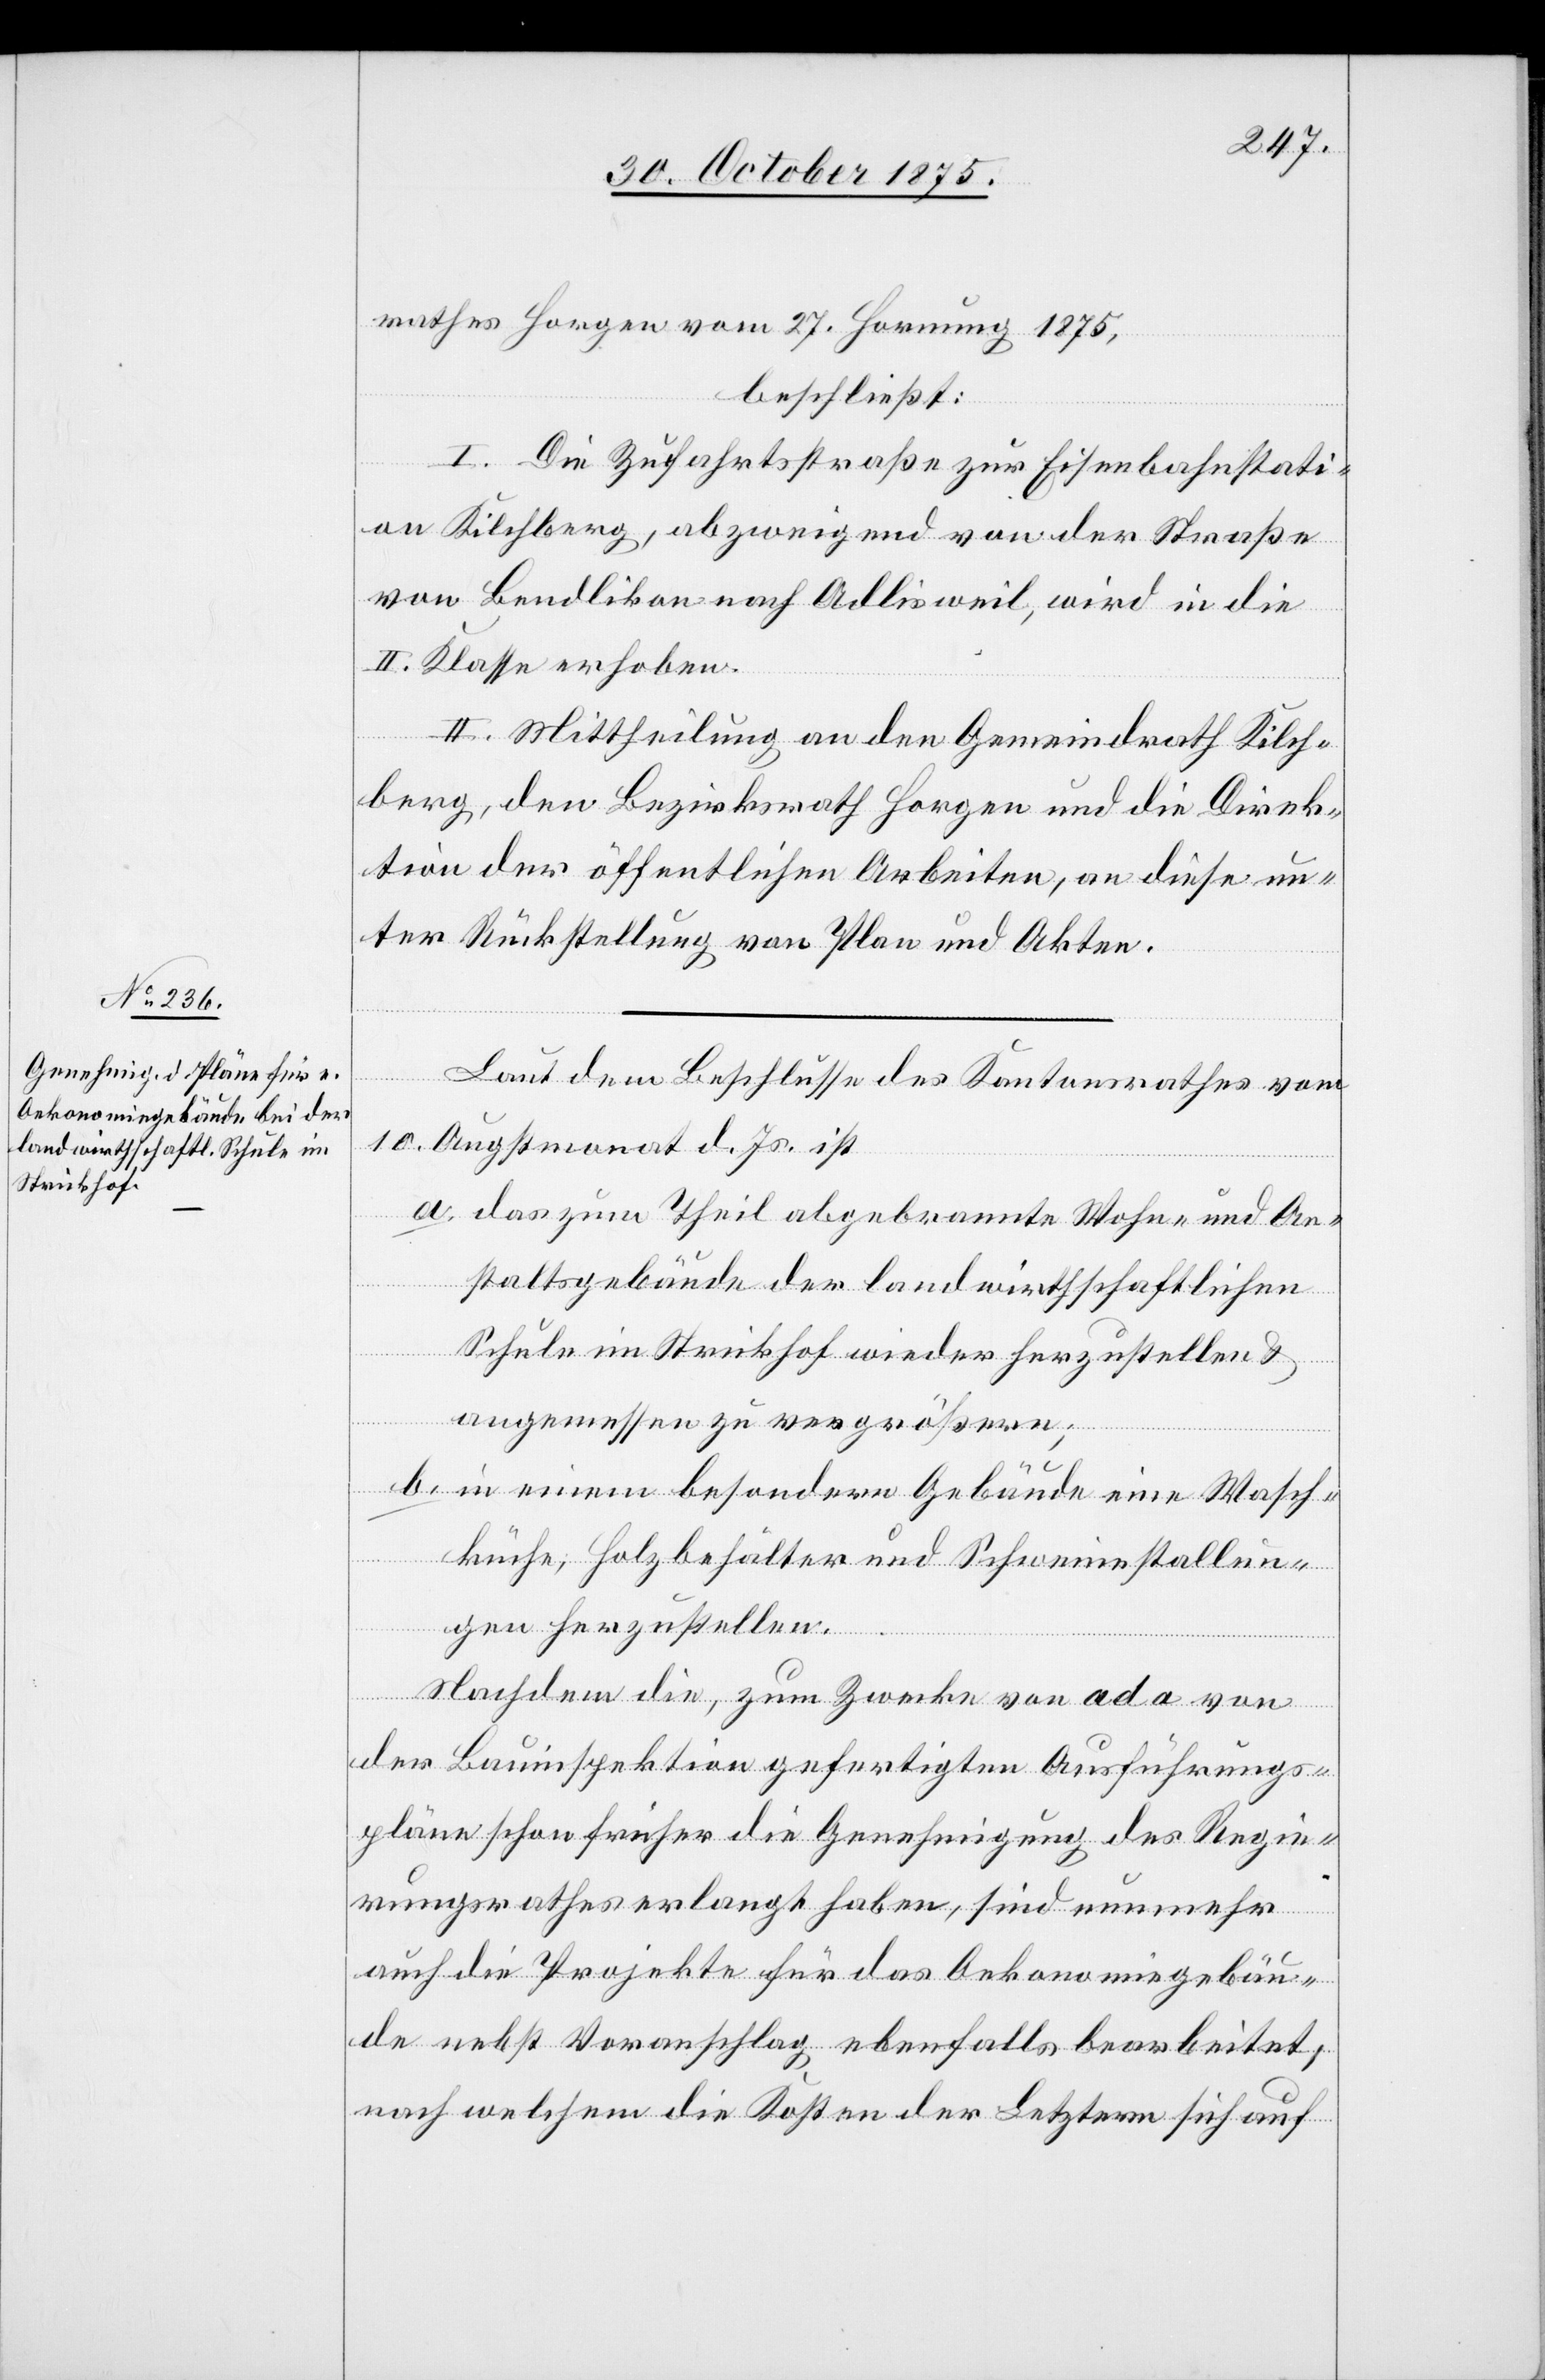
rathes Horgen vom 27. Hornung 1875,
beschließt:
I. Die Zufahrtsstraße zur Eisenbahnstati¬
on Kilchberg, abzweigend von der Straße
von Bendlikon nach Adlisweil, wird in die
II. Klasse erhoben.
II. Mittheilung an den Gemeindrath Kilch¬
berg, den Bezirksrath Horgen und die Direk¬
tion der öffentlichen Arbeiten, an diese un¬
ter Rückstellung von Plan und Akten.
Laut dem Beschlusse des Kantonsrathes vom
10. Augstmonat d. Js. ist
a. das zum Theil abgebrannte Wohn- und An¬
staltsgebäude der landwirthschaftlichen
Schule im Strickhof wieder herzustellen &
angemessen zu vergrößern;
b. in einem besondern Gebäude eine Wasch¬
küche, Holzbehälter und Schweinestallun¬
gen herzustellen.
Nachdem die, zum Zwecke von ad a von
der Bauinspektion gefertigten Ausführungs¬
pläne schon früher die Genehmigung des Regie¬
rungsrathes erlangt haben, sind nunmehr
auch die Projekte für das Oekonomiegebäu¬
de nebst Voranschlag ebenfalls bearbeitet,
nach welchem die Kosten der Letztern sich auf